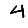
Digit: 4